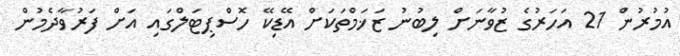
އުމުރުން 21 އަހަރުގެ ޒުވާނަށް ލިބުނު ޒަޚަމްތަކަށް އޭޑިކޭ ހޮސްޕިޓަލްގައި އަށް ފަރުވާދެމުން